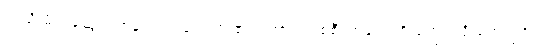
အသိ မိတ်ဆွေ တစ်ယောက်ယောက်၏ ရထား တစ်စီးတလေကို တွေ့ရလို တွေ့ရငြား